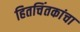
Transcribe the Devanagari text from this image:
हितचिंतकांचा